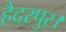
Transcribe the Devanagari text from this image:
हैदरपुर।